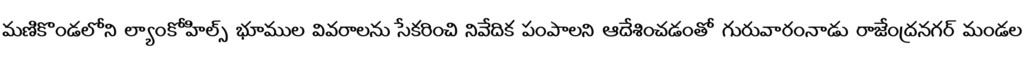
మణికొండలోని ల్యాంకోహిల్స్ భూముల వివరాలను సేకరించి నివేదిక పంపాలని ఆదేశించడంతో గురువారంనాడు రాజేంద్రనగర్ మండల